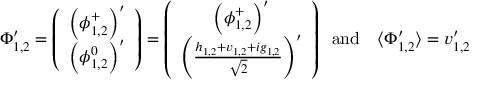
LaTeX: \Phi _ { 1 , 2 } ^ { \prime } = \left( \begin{array} { c } { { \left( \phi _ { 1 , 2 } ^ { + } \right) ^ { \prime } } } \\ { { \left( \phi _ { 1 , 2 } ^ { 0 } \right) ^ { \prime } } } \end{array} \right) = \left( \begin{array} { c } { { \left( \phi _ { 1 , 2 } ^ { + } \right) ^ { \prime } } } \\ { { \left( \frac { h _ { 1 , 2 } + v _ { 1 , 2 } + i g _ { 1 , 2 } } { \sqrt { 2 } } \right) ^ { \prime } } } \end{array} \right) \; \; \mathrm { a n d \ \ \ } \langle \Phi _ { 1 , 2 } ^ { \prime } \rangle = v _ { 1 , 2 } ^ { \prime }